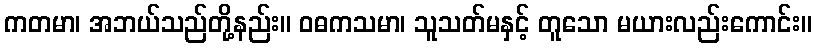
ကတမာ၊ အဘယ်သည်တို့နည်း။ ဝဓကသမာ၊ သူသတ်မနှင့် တူသော မယားလည်းကောင်း။